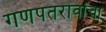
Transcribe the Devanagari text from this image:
गणपतरावांचा